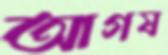
আগষ